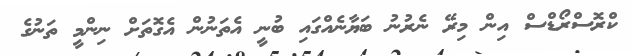
ކްރޮސްރޯޑްސް އިން މިރޭ ނެރުނު ބަޔާނެއްގައި ބުނީ އެތަނުން އެގޮތަށް ނިންމީ ތަނުގެ